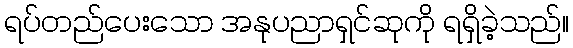
ရပ်တည်ပေးသော အနုပညာရှင်ဆုကို ရရှိခဲ့သည်။